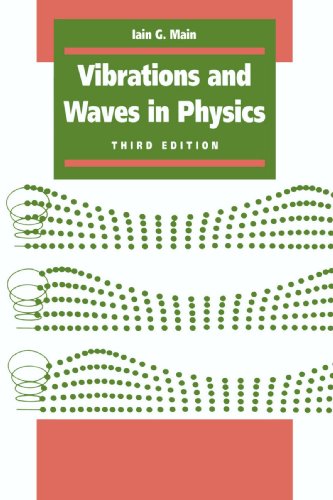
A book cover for Vibrations and Waves in Physics; Iain G. Main; Science & Math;